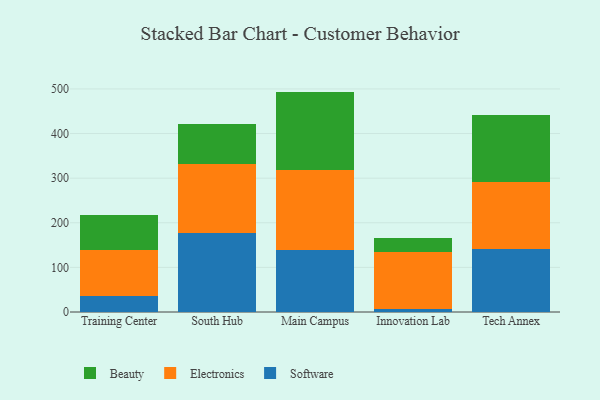
{"axis": {"x": "Campus", "y": "Website Visitors"}, "legend": ["Beauty", "Electronics", "Software"], "data": [{"x": "Training Center", "y": 35.9, "type": "Software"}, {"x": "Training Center", "y": 103.3, "type": "Electronics"}, {"x": "Training Center", "y": 77.9, "type": "Beauty"}, {"x": "South Hub", "y": 177.7, "type": "Software"}, {"x": "South Hub", "y": 154.7, "type": "Electronics"}, {"x": "South Hub", "y": 88.2, "type": "Beauty"}, {"x": "Main Campus", "y": 139.6, "type": "Software"}, {"x": "Main Campus", "y": 179.1, "type": "Electronics"}, {"x": "Main Campus", "y": 175.3, "type": "Beauty"}, {"x": "Innovation Lab", "y": 6.2, "type": "Software"}, {"x": "Innovation Lab", "y": 127.2, "type": "Electronics"}, {"x": "Innovation Lab", "y": 32.6, "type": "Beauty"}, {"x": "Tech Annex", "y": 140.3, "type": "Software"}, {"x": "Tech Annex", "y": 151.2, "type": "Electronics"}, {"x": "Tech Annex", "y": 149.1, "type": "Beauty"}]}